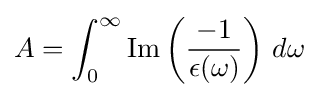
A=\int _{0}^{\infty }\mathrm {Im} \left({\frac {-1}{\epsilon (\omega )}}\right)\,d\omega